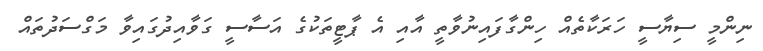
ނިންމީ ސިޔާސީ ހަރަކާތެއް ހިންގާފައިނުވާތީ އާއި އެ ޕާޓީތަކުގެ އަސާސީ ގަވާއިދުގައިވާ މަގްސަދުތައް